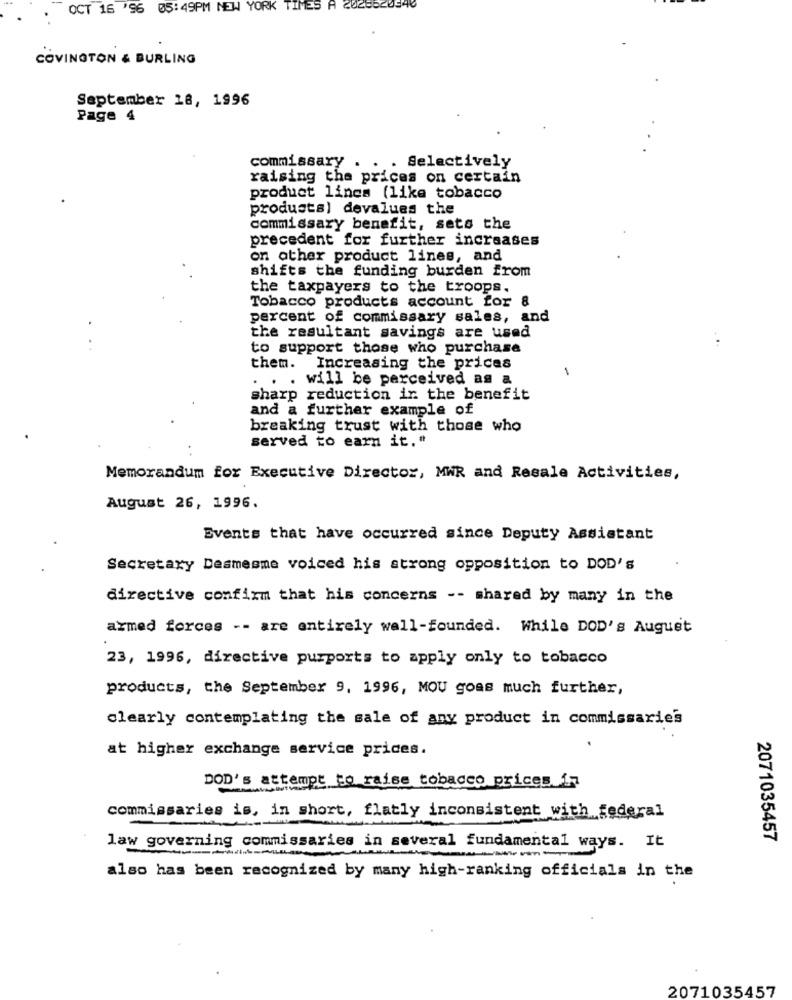
OCT 16 '96 05:49PM NEW YORK TIMES
COVINGTON & BURLING
September 18, 1996
Page 4
commissary . . . Selectively
raising the prices on certain
product lines (like tobacco
produsts) devalues the
commissary benefit, sets the
precedent for further increases
on other product lines, and
shifts the funding burden from
the taxpayers to the troops.
Tobacco products account for 8
percent of commissary sales, and
the resultant savings are used
to support those who purchase
them. Increasing the prices
1
... . will be perceived as a
sharp reduction in the benefit
and a further example of
breaking trust with those who
served to earn it."
Memorandum for Executive Director, MWR and Resale Activities,
August 26, 1996.
Events that have occurred since Deputy Assistant
Secretary Desmesme voiced his strong opposition to DOD's
directive confirm that his concerns -- shared by many in the
armed forces -- are entirely wall-founded. While DOD's August
23, 1996, directive purports to apply only to tobacco
products, the September 9, 1996, MOU goas much further,
clearly contemplating the sale of any product in commissarie's
at higher exchange service prices.
DOD's attempt to raise tobacco prices in
commissaries is, in short, flatly inconsistent with federal
2071035457
law governing commissaries in several fundamental ways. It
also has been recognized by many high-ranking officials in the
2071035457